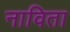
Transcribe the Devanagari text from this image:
नाविता